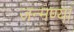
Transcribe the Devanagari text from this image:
जन्मण्या